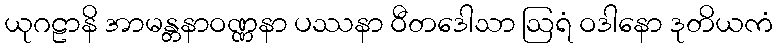
ယုဂဠာနိ အာမန္တနာဝဏ္ဏနာ ပဿနာ ဝီတဒေါသာ ဩရံ ဝဒါနော ဒုတိယကံ